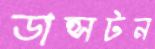
ডান্সটন